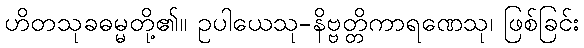
ဟိတသုခဓမ္မတို့၏။ ဥပါယေသု-နိဗ္ဗတ္တိကာရဏေသု၊ ဖြစ်ခြင်း